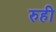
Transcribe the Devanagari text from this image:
रुही